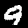
Digit: 9